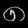
Digit: ၈